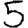
Digit: 5